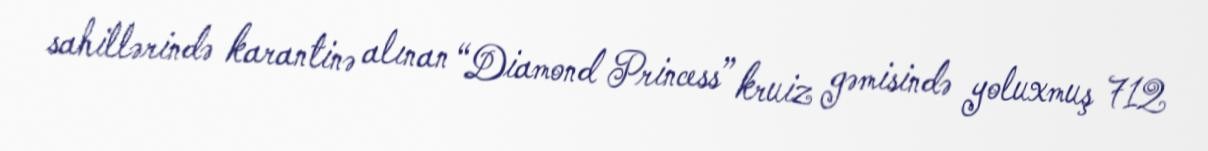
sahillərində karantinə alınan “Diamond Princess” kruiz gəmisində yoluxmuş 712